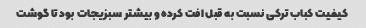
کیفیت کباب ترکی نسبت به قبل افت کرده و بیشتر سبزیجات بود تا گوشت